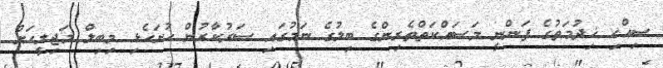
ސިއްހި ޚިދުމަތުގެ ފަންނީ މަސައްކަތްތެރިންގެ ބިލުގެ ނަމުގައި ސަރުކާރުން ހުށަހެޅި މިބިލް މަޖިލީހަށް